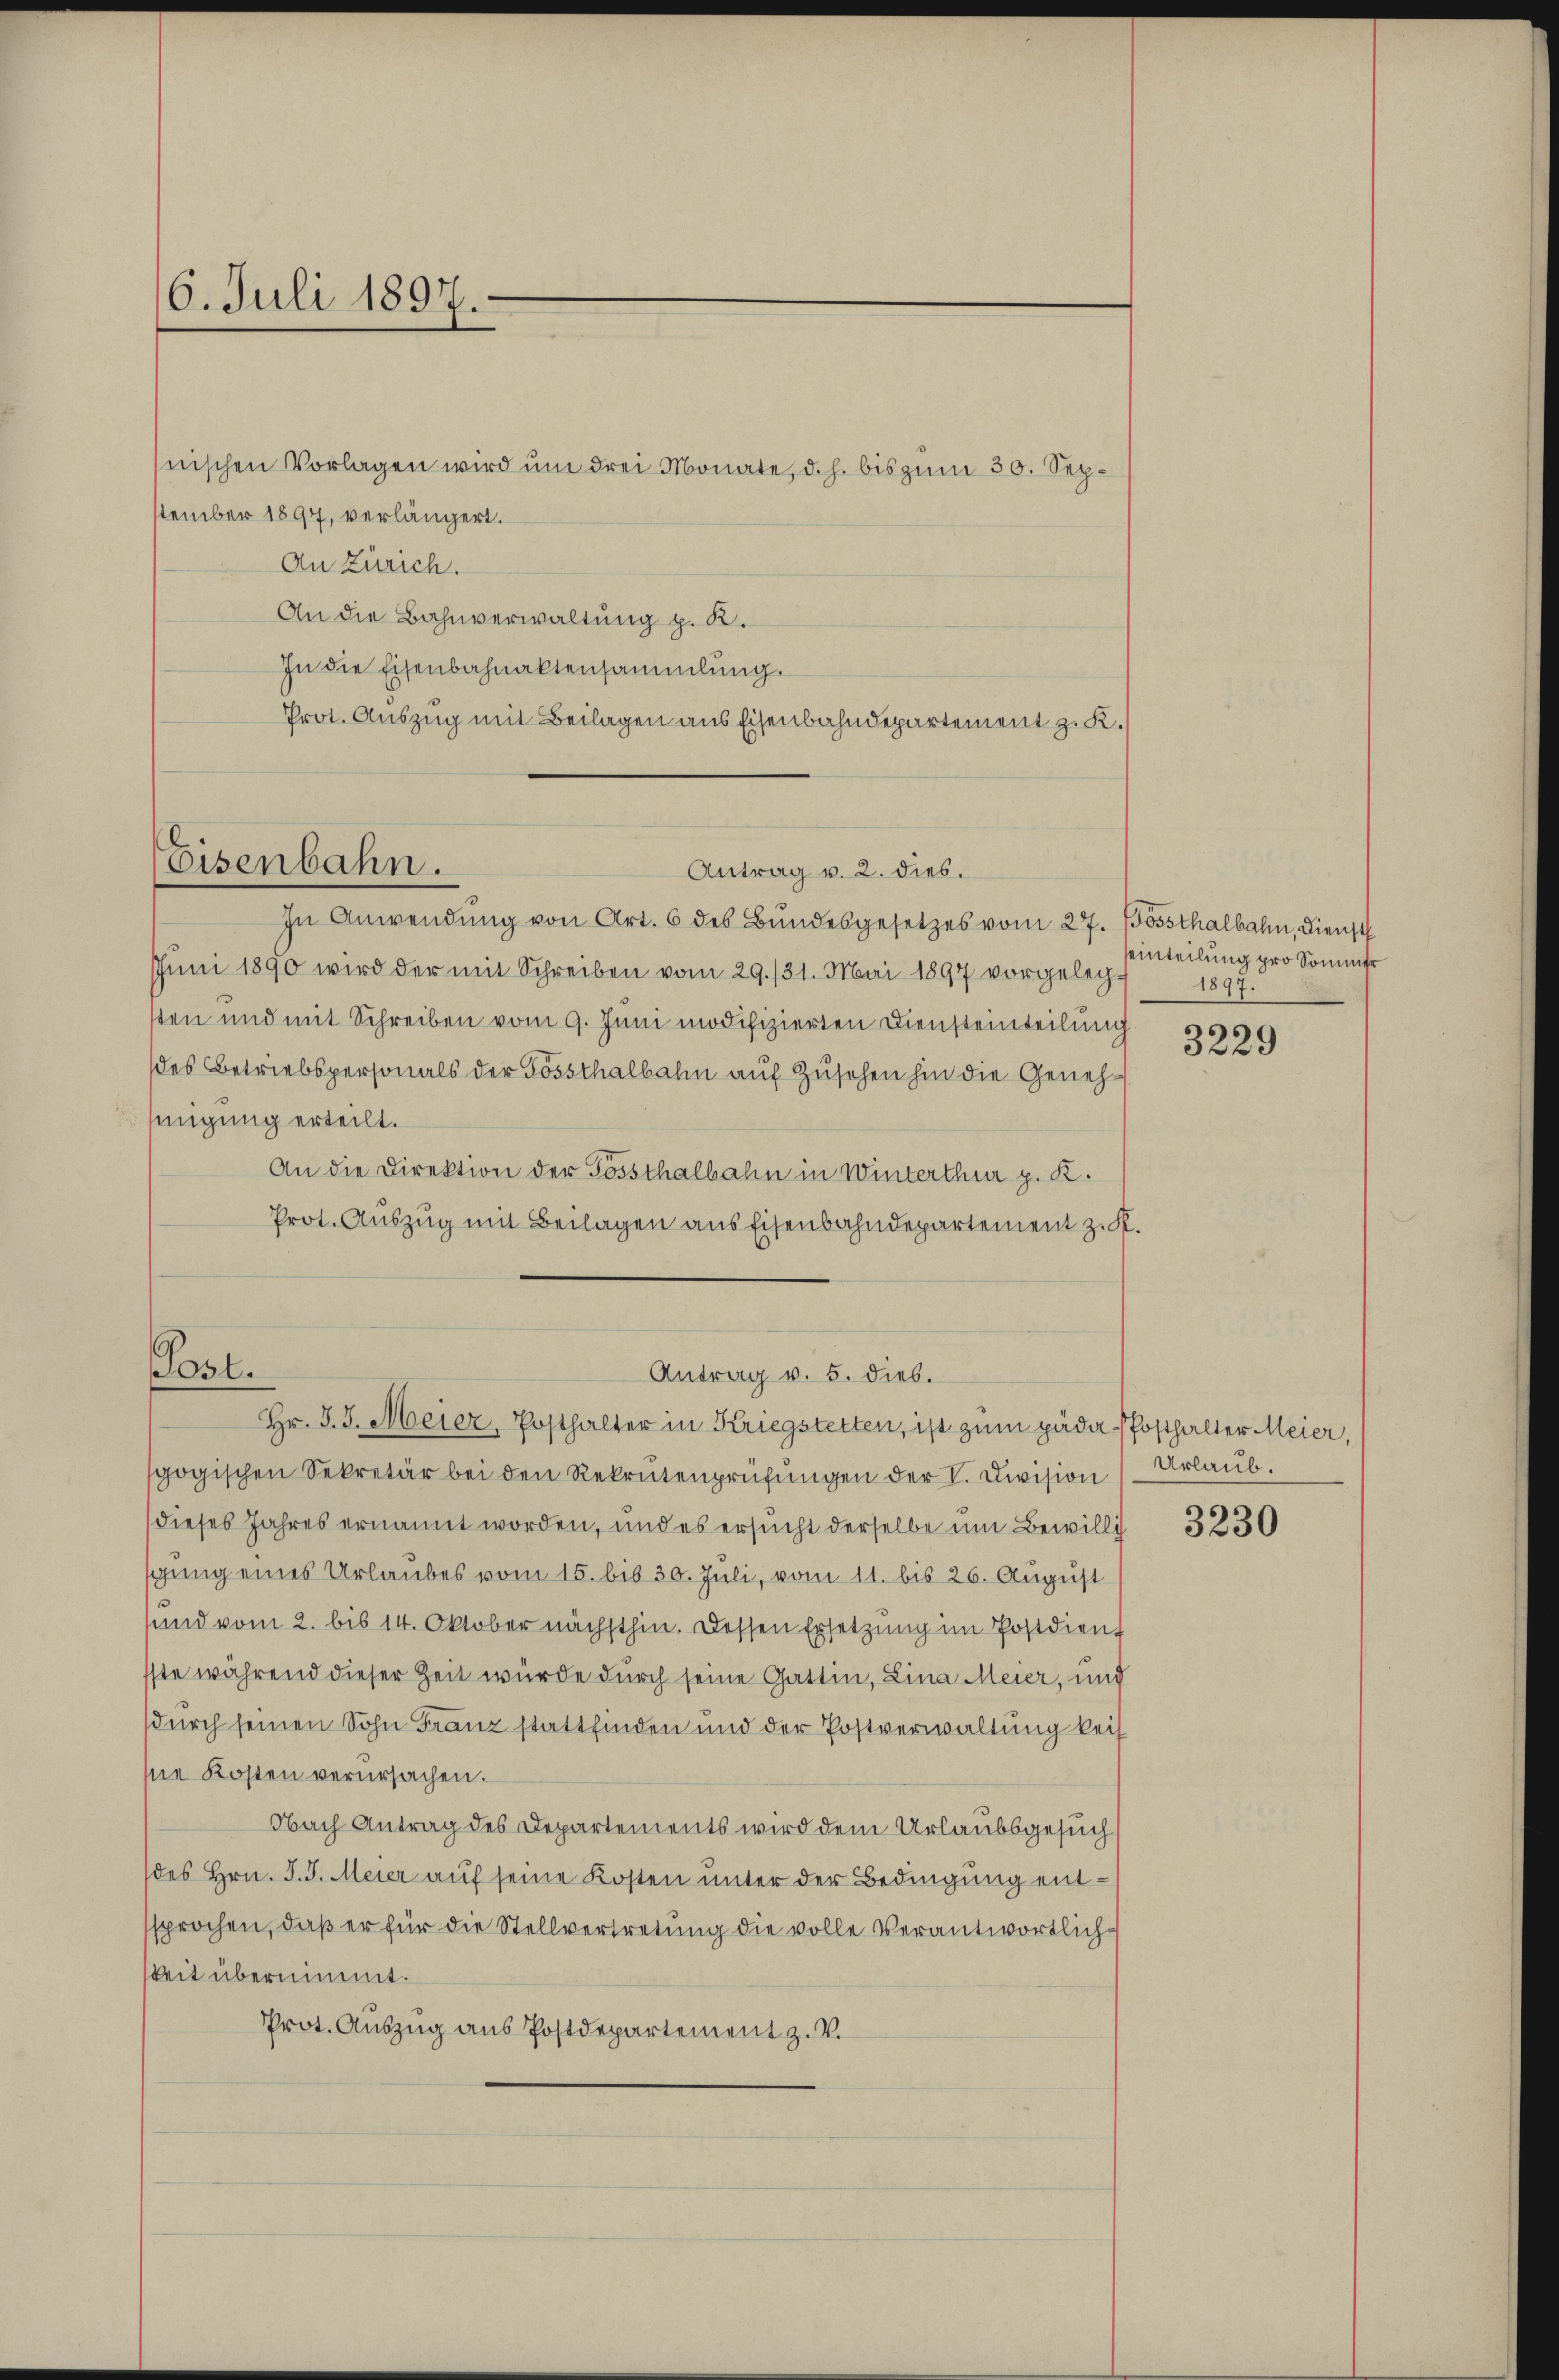
6. Juli 1897.

tember 1897, verlängert.
An Zürich.
An die Bahnverwaltung p. K.
In die Eisenbahnaktensammlung.
Prot. Auszug mit Beilagen aus Eisenbahndepartement z. K.

nischen Vorlagen wird um drei Monate, d. h. bis zum 30. Sep¬

Eisenbahn.

In Anwendŭng von Art. 6 des Bundesgesetzes vom 27. Bossthalbahn, Dienst
Juni 1890 wird der mit Schreiben vom 29./31. Mai 1897 vorgelegsten und mit Schreiben vom 9. Juni modifizierten Diensteinteilung
des Betriebspersonals der Gössthalbahn auf Zusehen hin die Genehmigung erteilt.
An die Direktion der Possthalbahn in Winterthur p. K.
Prot. Auszug mit Beilagen aus Eisenbahndepartement z. K.

Antrag v. 2. dies.

Post.
Antrag v. 5. dies.
Hr. J. J. Meier, Posthalter in Kriegstetten, ist zum päda Posthalter Meier,

gogischen Sekretär bei den Rekrutenprüfŭngen der V. Division
dieses Jahres ernannt worden, und es ersucht derselbe um Bewilli
gung eines Urlaubes vom 15. bis 30. Juli, vom 11. bis 26. August
und vom 2. bis 14. Oktober nächsthin. Dessen Ersetzung im Postdien
ste während dieser Zeit würde durch seine Gattin, Lina Meier, und
durch seinen Sohn Franz stattfinden und der Postverwaltung keise Kosten verursachen.
Nach Antrag des Departements wird dem Urlaubsgesuch
des Hrn. J. J. Meier auf seine Kosten unter der Bedingung entsprochen, daß er für die Stellvertretung die volle Verantwortlichkeit übernimmt.
Prot. Auszug aus Postdepartement z. V.

einteilung pro Sommer
1897.

3229

Urlaub.

3230